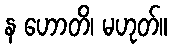
န ဟောတိ၊ မဟုတ်။